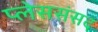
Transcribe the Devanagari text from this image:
प्लेससंसद